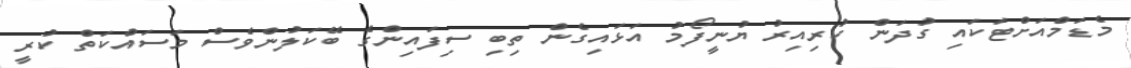
މެޑަމްއަށްޓަކައި ގުދަން ކުރިއިރު ޔުނީފޯމު އަޅައިގެން ތިބި ސިފައިންގެ ބޭކަލުންވެސް މަސައްކަތް ކުރީ